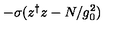
- \sigma ( z ^ { \dagger } z - N / g _ { 0 } ^ { 2 } )